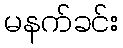
မနက်ခင်း